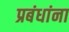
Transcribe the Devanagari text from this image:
प्रबंधांना